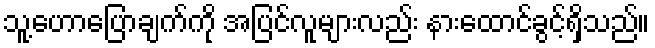
သူ့ဟောပြောချက်ကို အပြင်လူများလည်း နားထောင်ခွင့်ရှိသည်။